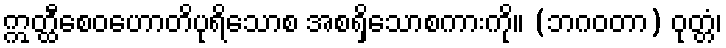
ဣတ္ထီစေဝဟောတိပုရိသောစ အစရှိသောစကားကို။ (ဘဂဝတာ) ဝုတ္တံ၊